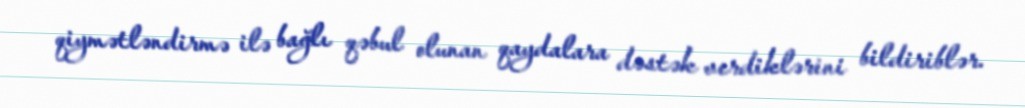
qiymətləndirmə ilə bağlı qəbul olunan qaydalara dəstək verdiklərini bildiriblər.